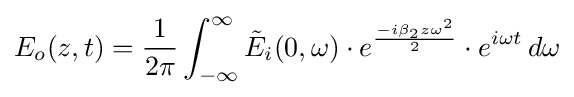
E_{o}(z,t)={\frac {1}{2\pi }}\int _{-\infty }^{\infty }{\tilde {E}}_{i}(0,\omega )\cdot e^{\frac {-i\beta _{2}z\omega ^{2}}{2}}\cdot e^{i\omega {t}}\,d\omega